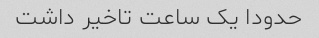
حدودا یک ساعت تاخیر داشت